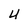
Character: U